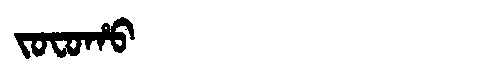
Manchu: ᠵᠣᠸᠣᡥᠣ
Romanization: JOFOHO